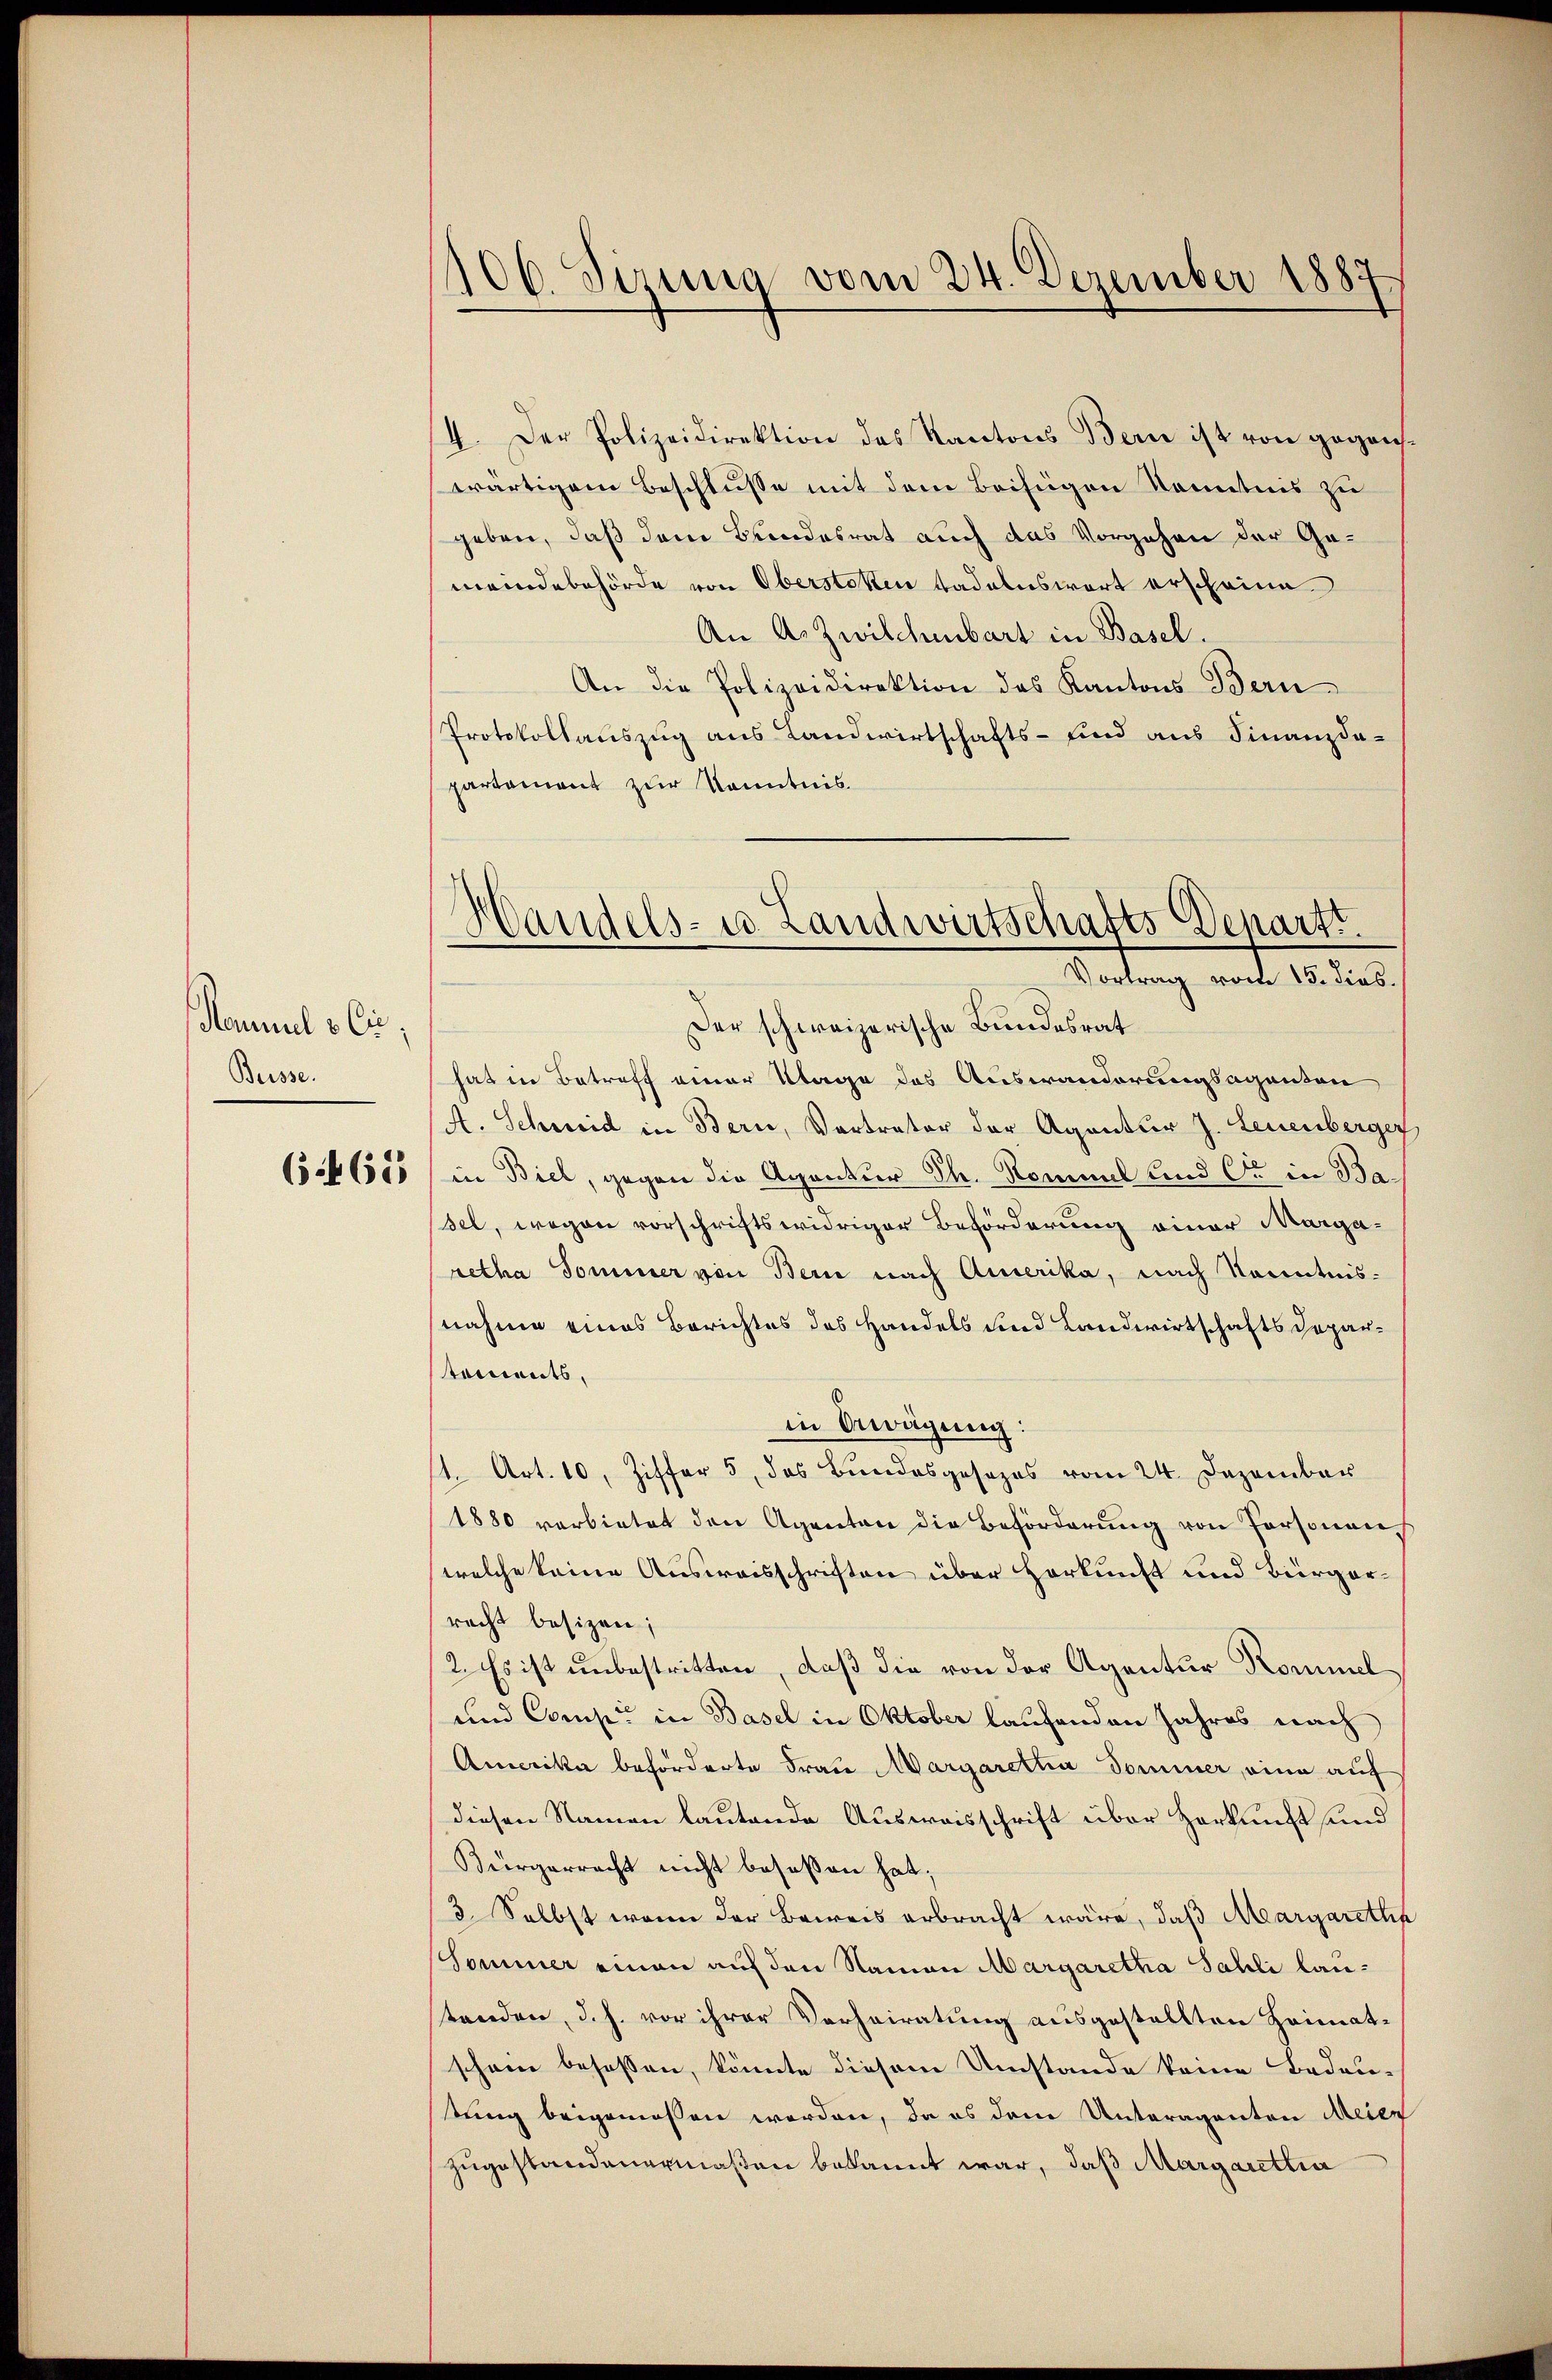
Semmel & Cie,
Buisse.

6465

106. Sizung vom 24. Dezember 1887

Handels- u. Landwirtschafts Departt.
Virtung mit 10. 19.

4. Der Polizeidirektion des Kantons Bern ist von gegenswärtigem Beschlusse mit dem Beifügen Kenntnis zu
geben, daß dem Bundesrat auch das Vorgehen der Gemeindebehörde von Oberstoken tadelnswort erscheine
An A. Zwilchenbart in Basel.
An die Polizeidirektion des Kantons Bern
Protokollauszug aus Landwirtschafts- sind aus Finanzdapartement zur Kenntnis.
Der schweizerische Bundesrat
hat in Betreff einer Klage des Auswanderungsaganton
A. Schmid in Bern, Vertrator der Agentur J. Leuenberger
in Biel, gegen die Agentur Th. Rommal und C. in Ba
Fel, wegen vorschriftswidriger Beförderung einer Margaretha Sommer von Bern nach Amerika, nach Kenntnis-
nahme eines Berichtes des Handels und Landwirtschaftsdepartoments,
in bewägung:
st. Art. 10, Ziffer 5, das Bundesgesezes vom 24. Dezember
1880 verbietet den Agenten die Beförderŭng von Personen
welche keine Ausweisschriften über Herkunft und Bürgerracht besizen;
2. Es ist unbestritten, daß die von der Agentur Kommel
und Comp. in Basel in Oktober laufenden Jahres nach
Amerika beförderte Frau Margaretta Dominer, eine auf
diesen Namen lautende Ausweisschrift über Herkunft und
Bürgerrecht nicht beseßen hat;
3. Selbst wenn der Beweis erbracht wäre, daß Margaretha
Sommer einen auf den Namen Margaretha Sahli laustanden, d. h. vor ihrer Verheiratung ausgestellten Heimatschon besassen, könnte diesem Umstände keine Bedeu-
tung beigemessen werden, da es den Unteraganten Meier
zugestandenermaßen bekannt war, daß Margarettia